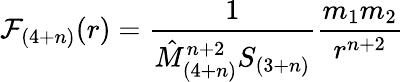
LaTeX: \mathcal{F}_{(4+n)}(r)=\frac{{1}}{{\hat{{M}}_{(4+n)}^{n+2}S_{(3+n)}}}\frac{{m_{1}m_{2}}}{{r^{n+2}}}